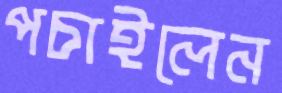
পচাইলেন